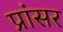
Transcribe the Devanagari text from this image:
प्रांसर